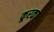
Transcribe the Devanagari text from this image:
कूरका